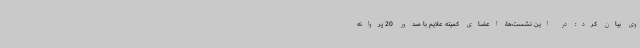
وی بیان کرد: در این نشست‌ها، اعضای کمیته علایم با صدور 20 پروانه